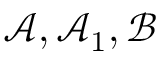
\mathcal { A } , \mathcal { A } _ { 1 } , \mathcal { B }